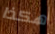
هكذا